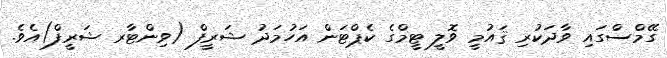
ގޭމްސްގައި ވާދަކުރި ޤައުމީ ވޮލީ ޓީމްގެ ކެޕްޓަން އަހުމަދު ޝަރީފް (ވިންޓާރ ޝަރީފް)އެވެ.